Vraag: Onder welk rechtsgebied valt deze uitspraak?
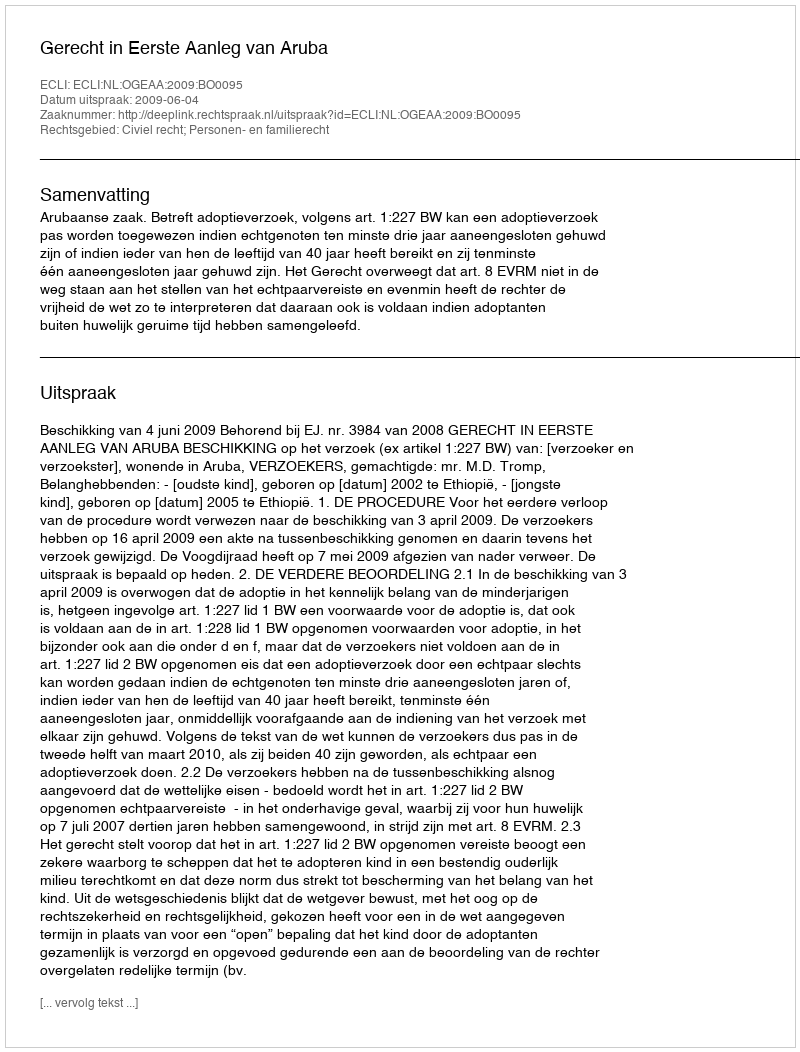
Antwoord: Civiel recht; Personen- en familierecht